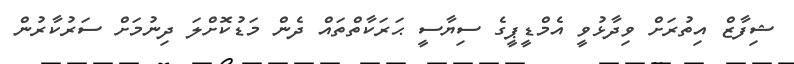
ޝިފާޒް އިތުރަށް ވިދާޅުވީ އެމްޑީޕީގެ ސިޔާސީ ޙަރަކާތްތައް ދެން މަޑުކޮށްލަ ދިނުމަށް ސަރުކާރުން